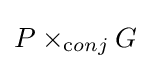
P\times _{\mathrm {c} onj}G